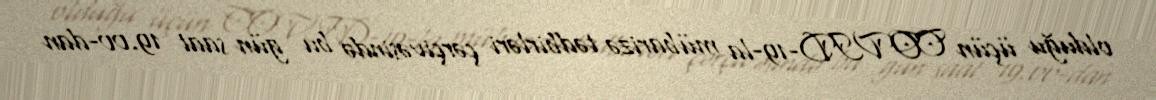
olduğu üçün COVID-19-la mübarizə tədbirləri çərçivəsində bu gün saat 19.00-dan